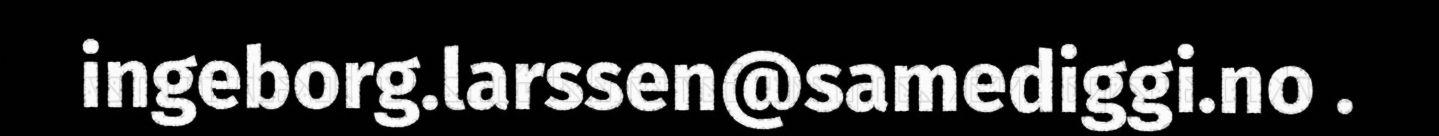
ingeborg.larssen@samediggi.no .